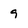
Character: 9